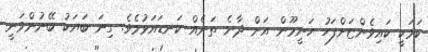
ކަމަކީ ކައިވެންޏަށްފަހު ހަނީމޫން އަށް ދާނެ ތަނެއް ކަނޑައަޅުމެވެ. ގިނަ ބަޔަކު ބޭނުންވަނީ